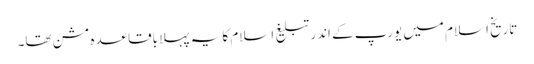
تاریخ اسلام میں یورپ کے اندر تبلیغ اسلام کا یہ پہلا باقاعدہ مشن تھا۔